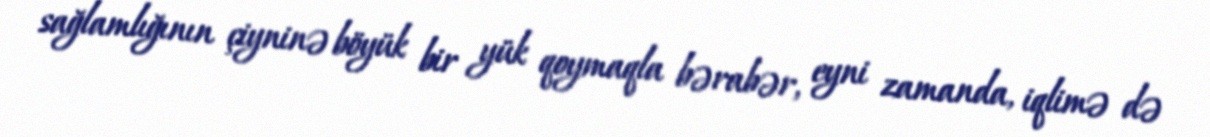
sağlamlığının çiyninə böyük bir yük qoymaqla bərabər, eyni zamanda, iqlimə də